Civil Veterinary Department. United Provinces 1932-42 - 1932-1942
Year: 1932
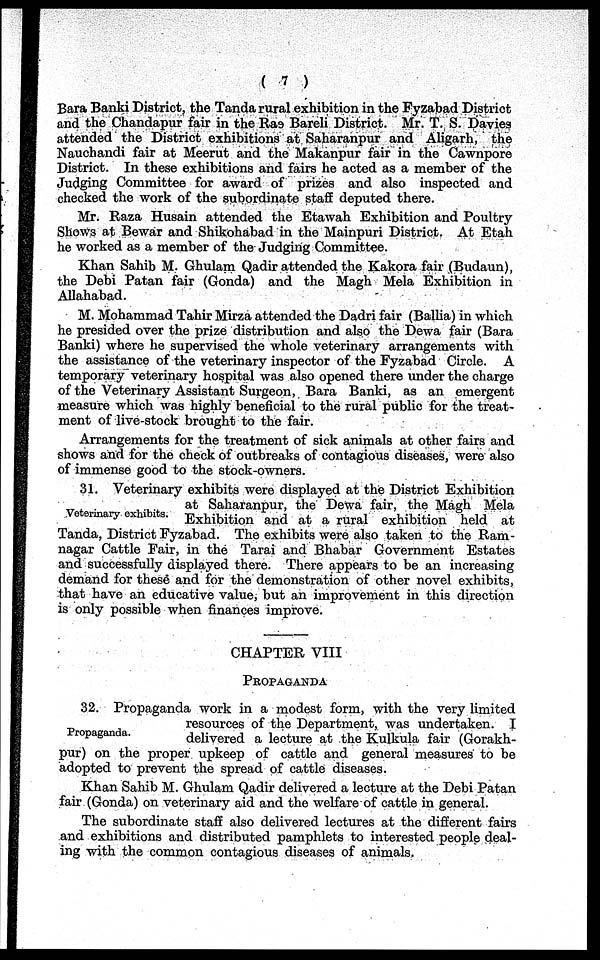
( 7 )
Bara Banki District, the Tanda rural exhibition in the Fyzabad District
and the Chandapur fair in the Rae Bareli District. Mr. T. S. Davies
attended the District exhibitions at Saharanpur and Aligarh, the
Nauchandi fair at Meerut and the Makanpur fair in the Cawnpore
District. In these exhibitions and fairs he acted as a member of the
Judging Committee for award of prizes and also inspected and
checked the work of the subordinate staff deputed there.
Mr. Raza Husain attended the Etawah Exhibition and Poultry
Shows at Bewar and Shikohabad in the Mainpuri District. At Etah
he worked as a member of the Judging Committee.
Khan Sahib M. Ghulam Qadir attended the Kakora fair (Budaun),
the Debi Patan fair (Gonda) and the Magh Mela Exhibition in
Allahabad.
M. Mohammad Tahir Mirza attended the Dadri fair (Ballia) in which
he presided over the prize distribution and also the Dewa fair (Bara
Banki) where he supervised the whole veterinary arrangements with
the assistance of the veterinary inspector of the Fyzabad Circle. A
temporary veterinary hospital was also opened there under the charge
of the Veterinary Assistant Surgeon, Bara Banki, as an emergent
measure which was highly beneficial to the rural public for the treat-
ment of live-stock brought to the fair.
Arrangements for the treatment of sick animals at other fairs and
shows and for the check of outbreaks of contagious diseases, were also
of immense good to the stock-owners.
Veterinary exhibits.
31. Veterinary exhibits were displayed at the District Exhibition
at Saharanpur, the Dewa fair, the Magh Mela
Exhibition and at a rural exhibition held at
Tanda, District Fyzabad. The exhibits were also taken to the Ram-
nagar Cattle Fair, in the Tarai and Bhabar Government Estates
and successfully displayed there. There appears to be an increasing
demand for these and for the demonstration of other novel exhibits,
that have an educative value, but an improvement in this direction
is only possible when finances improve.
CHAPTER VIII
PROPAGANDA
Propaganda.
32. Propaganda work in a modest form, with the very limited
resources of the Department, was undertaken. I
delivered a lecture at the Kulkula fair (Gorakh-
pur) on the proper upkeep of cattle and general measures to be
adopted to prevent the spread of cattle diseases.
Khan Sahib M. Ghulam Qadir delivered a lecture at the Debi Patan
fair (Gonda) on veterinary aid and the welfare of cattle in general.
The subordinate staff also delivered lectures at the different fairs
and exhibitions and distributed pamphlets to interested people deal-
ing with the common contagious diseases of animals.